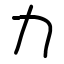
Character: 力